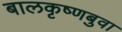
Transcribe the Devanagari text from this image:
बालकृष्णबुवा